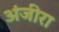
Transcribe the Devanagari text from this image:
अंजीरा